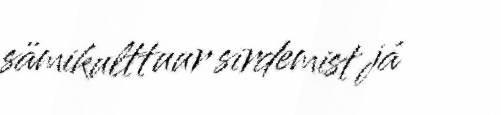
sämikulttuur sirdemist já